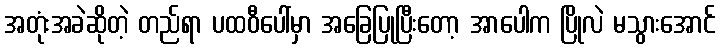
အတုံးအခဲဆိုတဲ့ တည်ရာ ပထဝီပေါ်မှာ အခြေပြုပြီးတော့ အာပေါက ပြိုလဲ မသွားအောင်